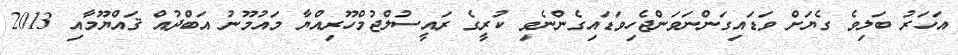
އަހަރު ބަލިވެ ގެޔަށް ވަޑައިގަންނަވަންޖެހިވަޑައިގެންނެވި ކުރީގެ ރައީސުލްޖުމްހޫރިއްޔާ މައުމޫނު އަބްދުއް ޤައްޔޫމާއި 2013